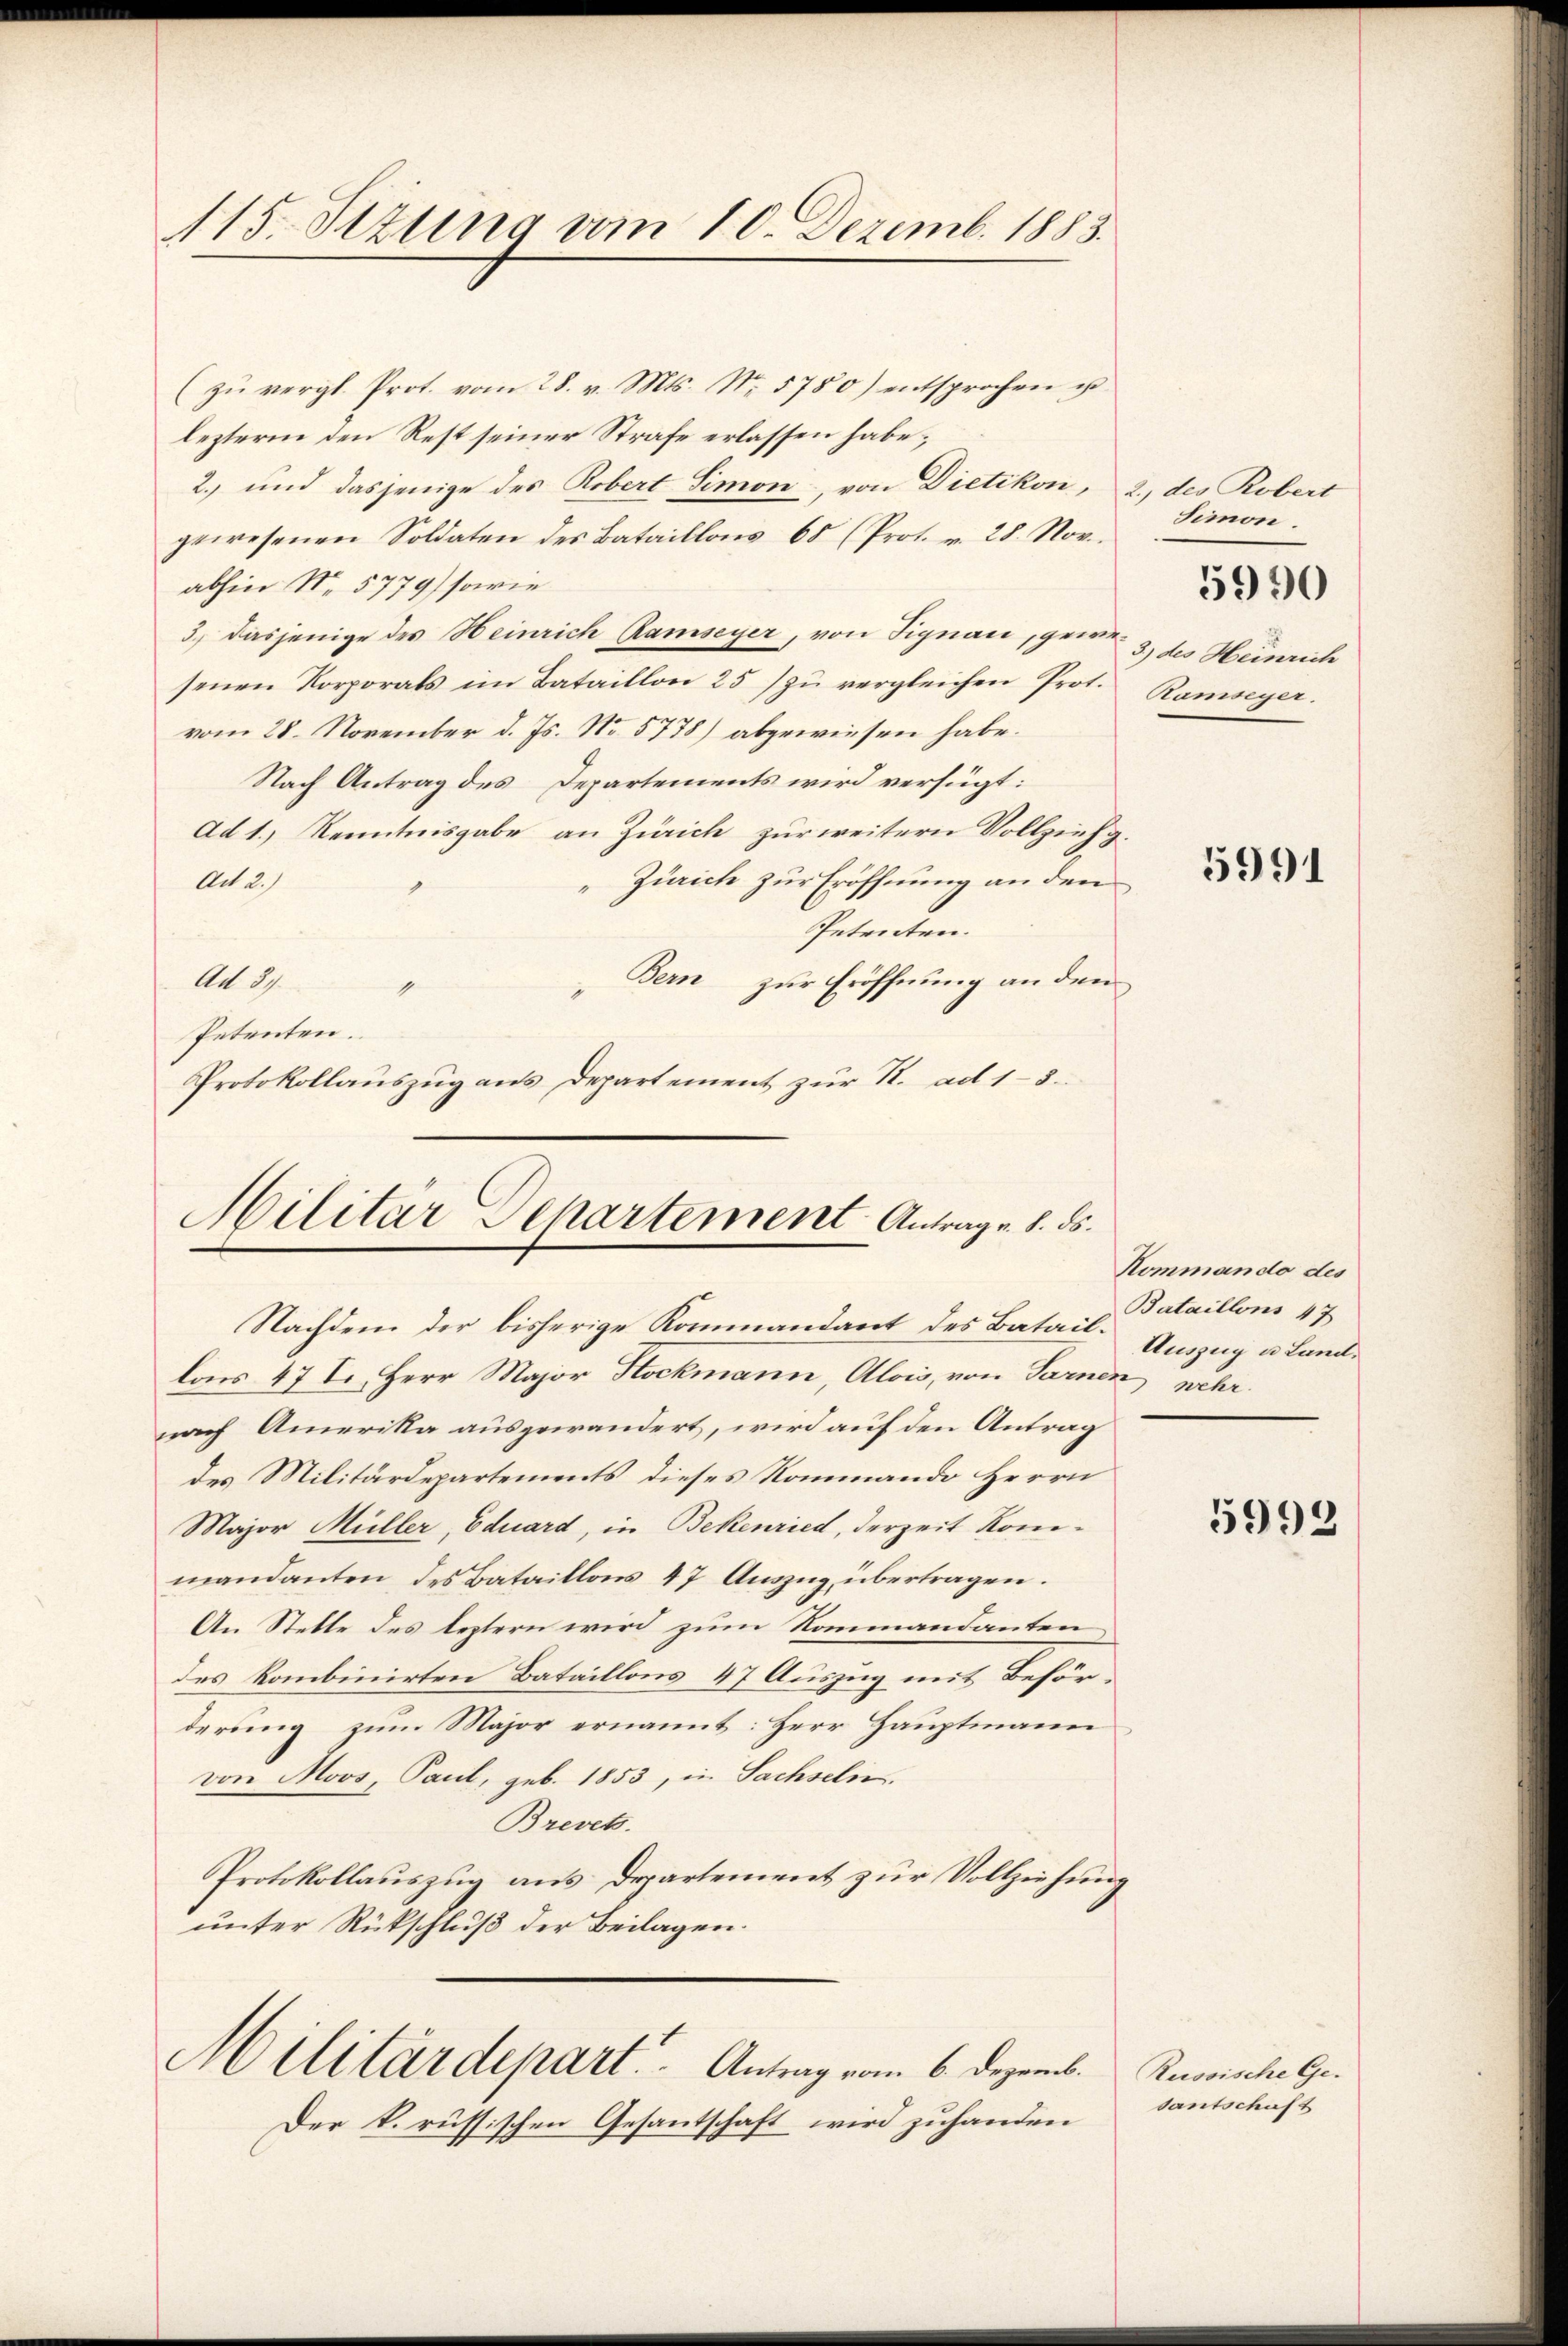
115. Sizung vom 10. Dezemb. 1883.

(zŭ vergl. Prot. vom 28. v. Mts. No. 5780) entsprochen u.
lezteren den Rest seiner Strafe erlassen habe;
2. und dasjenige des Robert Simon, von Dietikon, 2., des Robert
gewesenen Soldaten des Bataillons 60 (Prot. v. 28. Nov.
abhin Nr. 5779) sowie
3.) dasjenige des Heinrich Ramseyer, von Signau, gewesenen Korporats im Bataillon 25) zu vergleichen Prot.
vom 28. November d. Js. No. 5778) abgewiesen habe.
Nach Antrag des Departements wird verfügt:
ad 1.) Kenntnisgabe an Zürich zur weitern Vollzieh g.
Zürich zur Eröffnung an den
Ad 2.)
Petenten.
Bern zur Eröffnung an den
Ad 2.
e
Petenten.
Protokollaŭszŭg ans Departement zŭr R. ad 13.

Militär Departement Antrag v. 8. ds.
Nachdem der bisherige Kommandant des Batail Umzug u. Land¬

Militärdepart. Antrag vom 6. Dezemb.

Der k. russischen Gesantschaft wird zuhanden

Simon.

3.) des Heinrich
Hamseyer.

lois 47 J. Herr Major Stockmann, Alois, von Sarnen, wehr.
nach Amerika ausgewandert, wird auf den Antrag
des Militärdepartements dieses Rommando Herrn
Major Müller, Eduard, in Bekenried, derzeit Kommandanten des Bataillons 47 Aŭszŭg übertragen.
An Stelle des leztern wird zum Rommandanten
des kombinirten Bataillons 47 Auszug mit Beförderung zum Major ernannt: Herr Hauptmann
von Moos, Pant, geb. 1853, in Sachseln.
Brevets.
Protokollauszug aus Departement zur Vollziehung
unter Rückschluß der Beilagen.

5990

5991

Kommando des
Bataillons 47

5992

Russische Gedantschaft